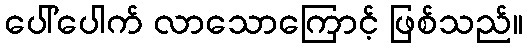
ပေါ်ပေါက် လာသောကြောင့် ဖြစ်သည်။